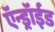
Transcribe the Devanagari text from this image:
ऍन्ड्रॉईड